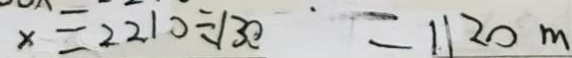
x = 2 2 1 0 \div 1 3 0 = 1 1 2 0 m